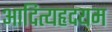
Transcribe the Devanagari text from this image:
आदित्यहृदयम